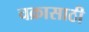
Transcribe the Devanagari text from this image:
चक्रासाठी